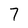
Character: 7